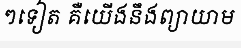
ៗទៀត គឺយើងនឹងព្យាយាម